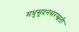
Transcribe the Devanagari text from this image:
मधुसूदनसरस्वती